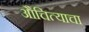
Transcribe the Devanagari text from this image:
औचित्याचा